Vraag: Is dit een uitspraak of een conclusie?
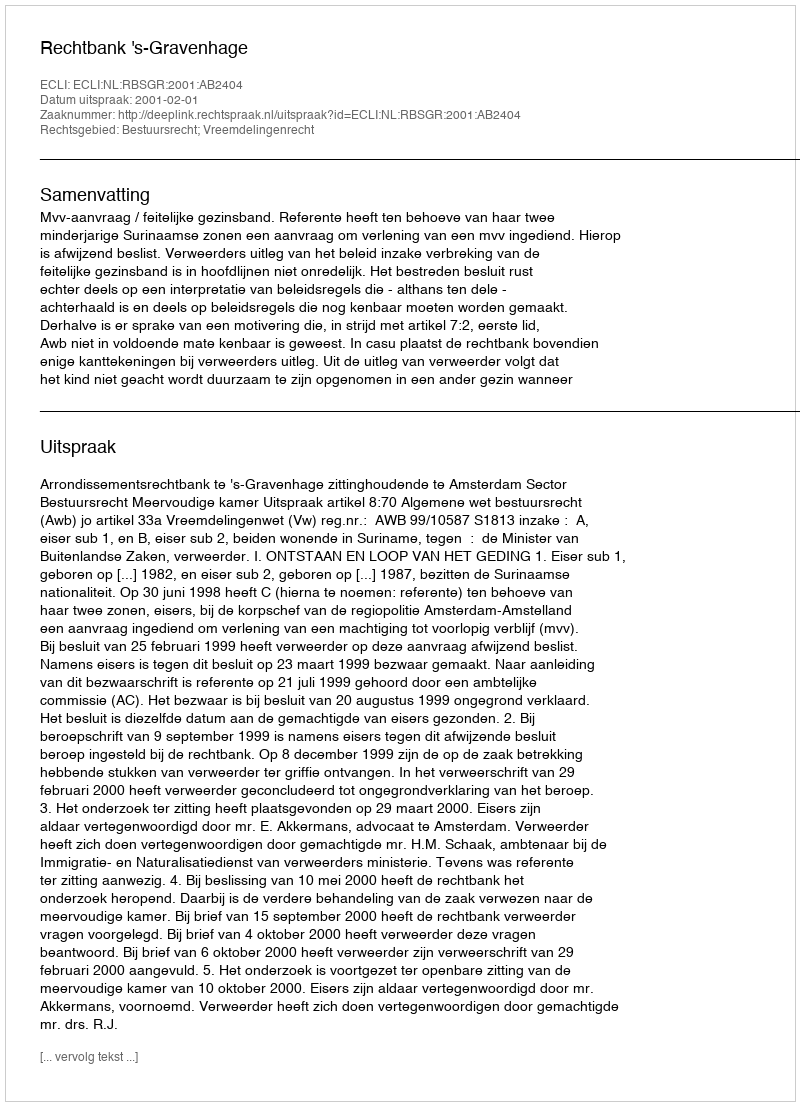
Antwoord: Uitspraak